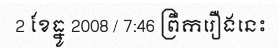
2 ខែធ្នូ 2008 / 7:46 ព្រឹករឿងនេះ